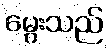
မွေးသည်